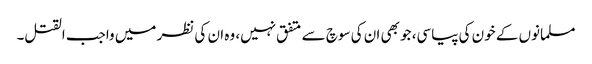
مسلمانوں کے خون کی پیاسی، جو بھی ان کی سوچ سے متفق نہیں، وہ ان کی نظر میں واجب القتل۔